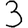
Digit: 3